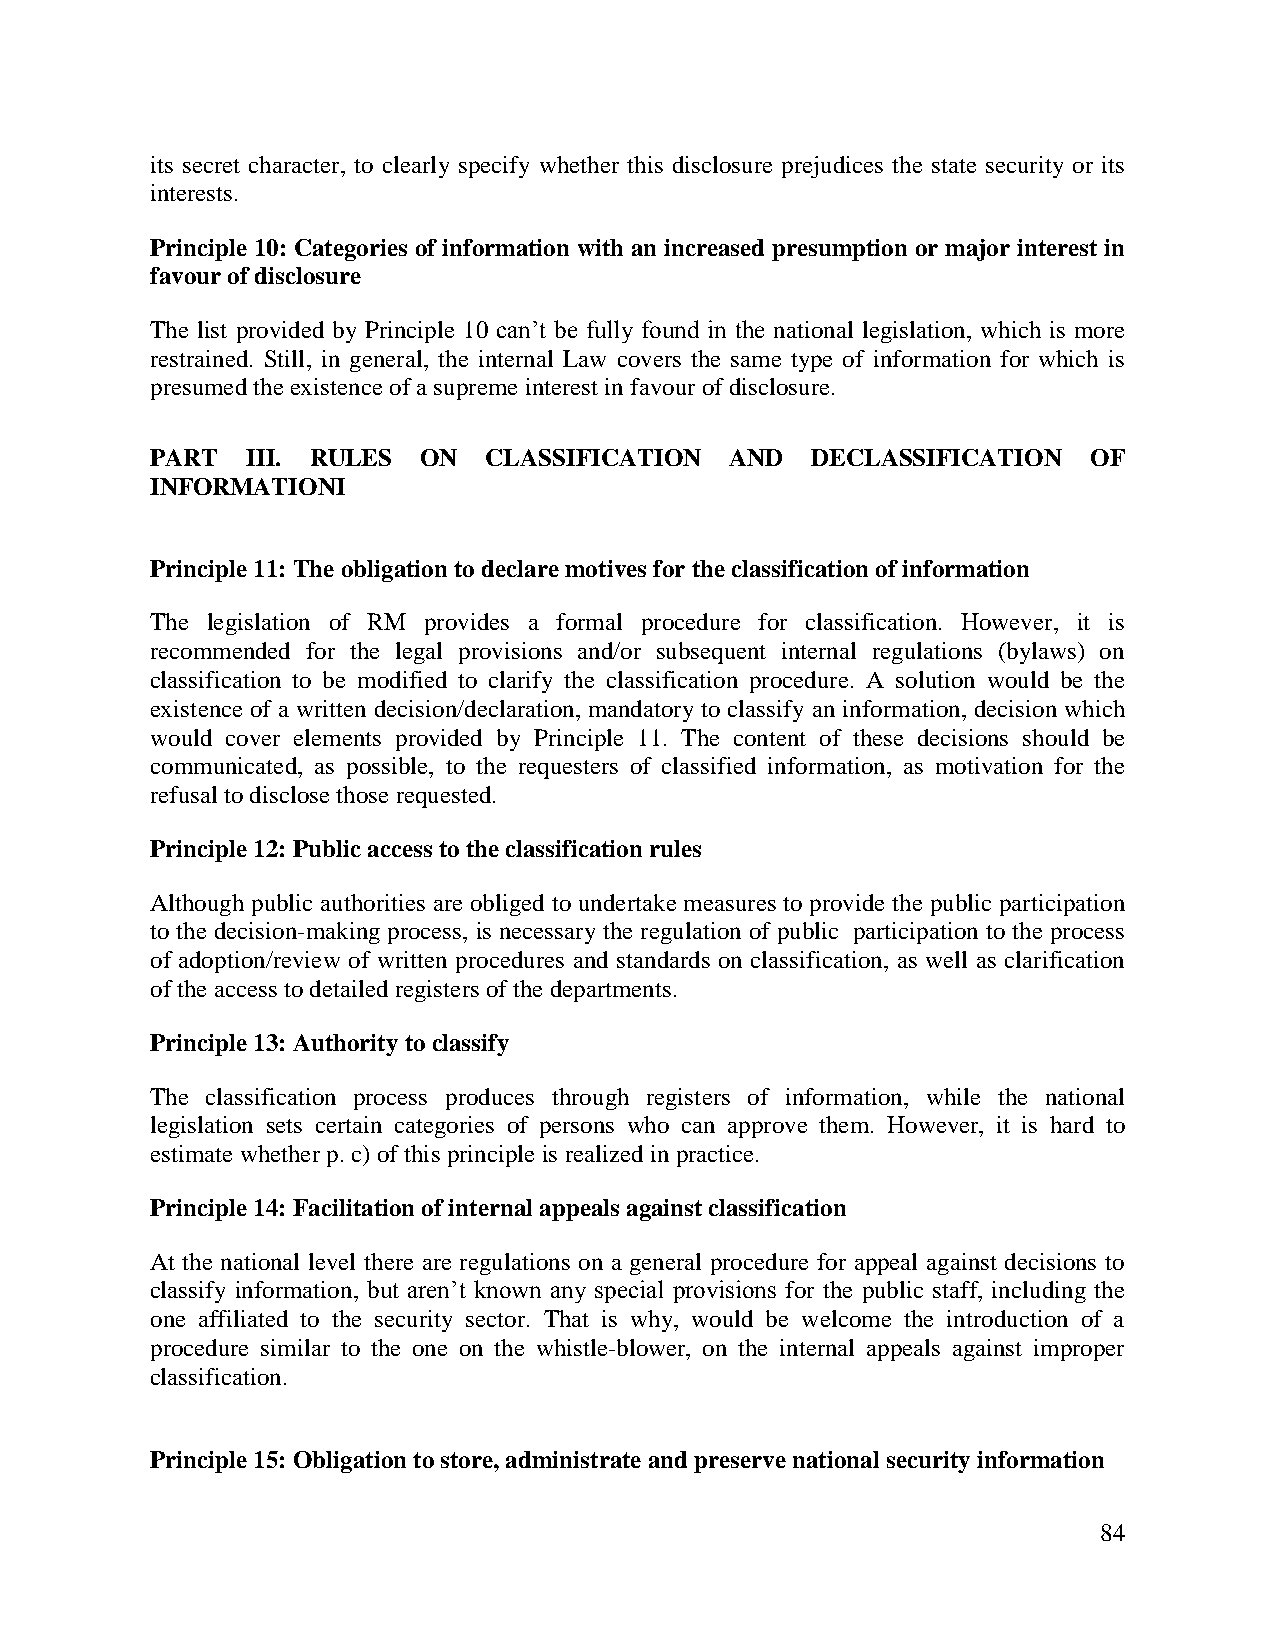
its secret character, to clearly specify whether this disclosure prejudices the state security or its
 interests.
 Principle 10: Categories of information with an increased presumption or major interest in
 favour of disclosure
 The list provided by Principle 10 can’t be fully found in the national legislation, which is more
 restrained. Still, in general, the internal Law covers the same type of information for which is
 presumed the existence of a supreme interest in favour of disclosure.
 PART  III. RULES  ON  CLASSIFICATION  AND   DECLASSIFICATION  OF
 INFORMATIONI
 Principle 11: The obligation to declare motives for the classification of information
 The legislation of RM provides a formal procedure for classification. However, it is
 recommended for the legal provisions and/or subsequent internal regulations (bylaws) on
 classification to be modified to clarify the classification procedure. A solution would be the
 existence of a written decision/declaration, mandatory to classify an information, decision which
 would cover elements provided by Principle 11. The content of these decisions should be
 communicated, as possible, to the requesters of classified information, as motivation for the
 refusal to disclose those requested.
 Principle 12: Public access to the classification rules
 Although public authorities are obliged to undertake measures to provide the public participation
 to the decision-making process, is necessary the regulation of public participation to the process
 of adoption/review of written procedures and standards on classification, as well as clarification
 of the access to detailed registers of the departments.
 Principle 13: Authority to classify
 The classification process produces through registers of information, while the national
 legislation sets certain categories of persons who can approve them. However, it is hard to
 estimate whether p. c) of this principle is realized in practice.
 Principle 14: Facilitation of internal appeals against classification
 At the national level there are regulations on a general procedure for appeal against decisions to
 classify information, but aren’t known any special provisions for the public staff, including the
 one affiliated to the security sector. That is why, would be welcome the introduction of a
 procedure similar to the one on the whistle-blower, on the internal appeals against improper
 classification.
 Principle 15: Obligation to store, administrate and preserve national security information
 84